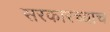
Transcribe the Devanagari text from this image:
सरकारच्याच